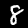
Digit: 8